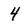
Character: 4